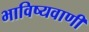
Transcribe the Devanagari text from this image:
भाविष्यवाणी